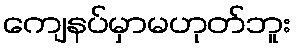
ကျေနပ်မှာမဟုတ်ဘူး